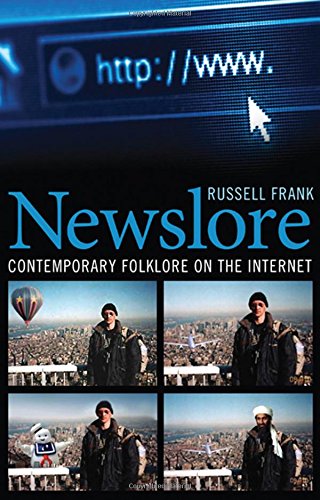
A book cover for Newslore: Contemporary Folklore on the Internet; Russell Frank; Humor & Entertainment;